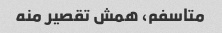
متاسفم، همش تقصیر منه